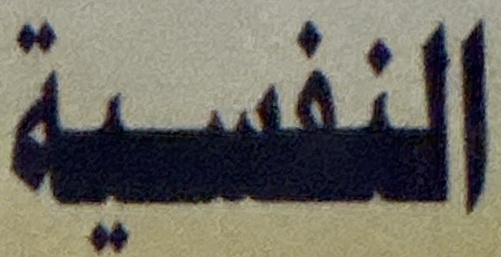
النفسية